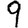
Digit: 9